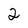
Character: 2